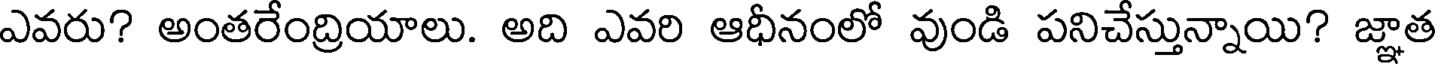
ఎవరు? అంతరేంద్రియాలు. అది ఎవరి ఆధీనంలో వుండి పనిచేస్తున్నాయి? జ్ఞాత